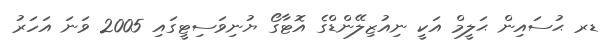
ޑރ ޙުސައިން ޙަލީމް އަކީ ނިއުޒިލޭންޑްގެ އޮޓާގޯ ޔުނިވަސިޓީގައި 2005 ވަނަ އަހަރު